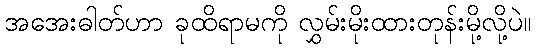
အအေးဓါတ်ဟာ ခုထိရာမကို လွှမ်းမိုးထားတုန်းမို့လို့ပဲ။